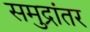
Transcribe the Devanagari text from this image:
समुद्रांतर